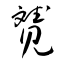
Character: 贇